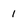
Character: 1